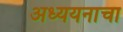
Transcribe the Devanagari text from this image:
अध्ययनाचा